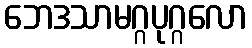
ဘေဒသာမဂ္ဂပုဂ္ဂလော